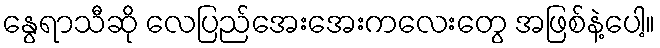
နွေရာသီဆို လေပြည်အေးအေးကလေးတွေ အဖြစ်နဲ့ပေါ့။